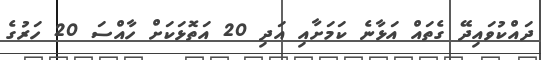
ދައްކުވައިދޭ ގެތައް އަޅާނެ ކަމަށާއި އަދި 20 އަތޮޅަކަށް ހާއްސަ 20 ހަރުގެ